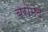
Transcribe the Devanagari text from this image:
बरोमद